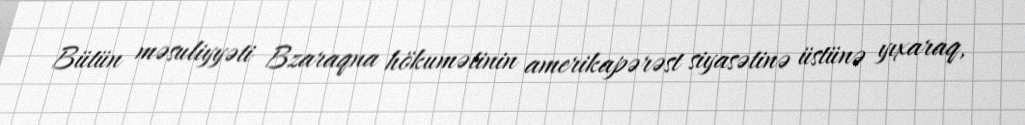
Bütün məsuliyyəti Bzaraqna hökumətinin amerikapərəst siyasətinə üstünə yıxaraq,